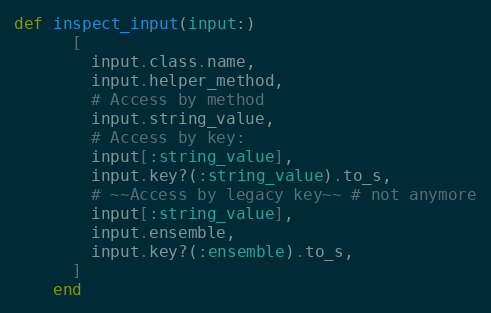
Language: Ruby
def inspect_input(input:)
      [
        input.class.name,
        input.helper_method,
        # Access by method
        input.string_value,
        # Access by key:
        input[:string_value],
        input.key?(:string_value).to_s,
        # ~~Access by legacy key~~ # not anymore
        input[:string_value],
        input.ensemble,
        input.key?(:ensemble).to_s,
      ]
    end